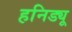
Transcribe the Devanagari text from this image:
हनिड्यू